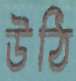
উঠি